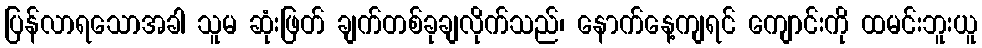
ပြန်လာရသောအခါ သူမ ဆုံးဖြတ် ချက်တစ်ခုချလိုက်သည်၊ နောက်နေ့ကျရင် ကျောင်းကို ထမင်းဘူးယူ